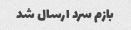
بازم سرد ارسال شد